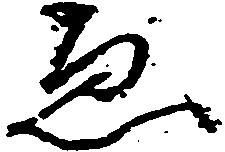
ゑ